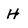
Character: H